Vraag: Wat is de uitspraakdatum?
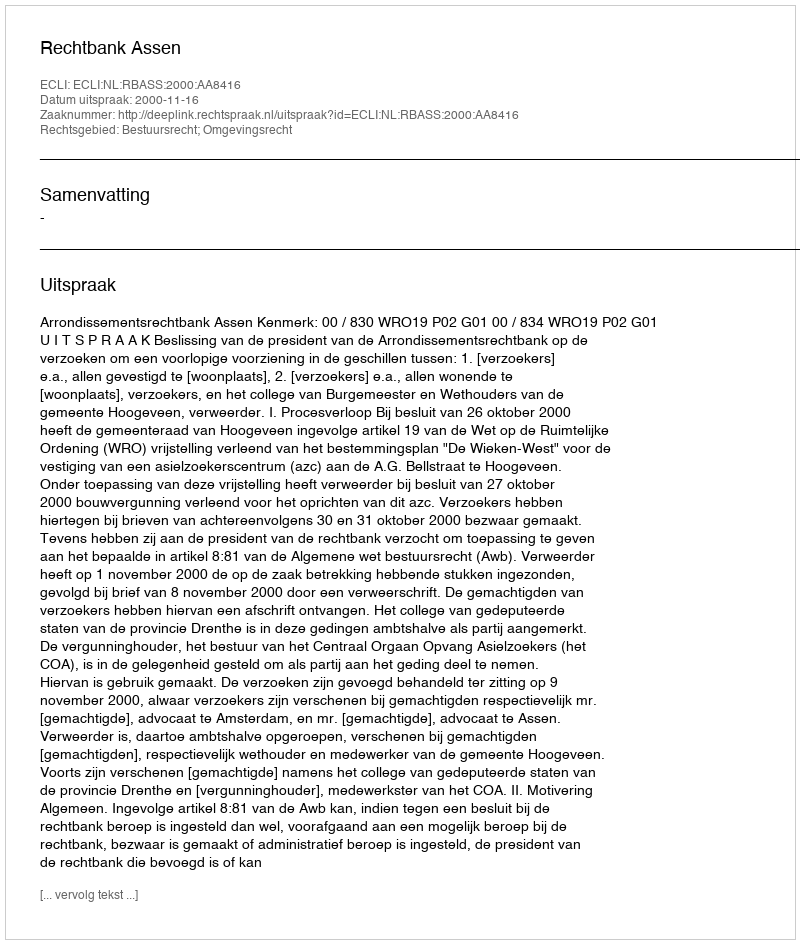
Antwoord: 2000-11-16